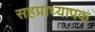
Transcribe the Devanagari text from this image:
सहप्राध्यापक